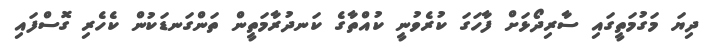
ދިޔަ މަގުމަތީގައި ސާރިދޯޅަށް ފާހަގަ ކުރެވުނީ ކުއްތާގެ ކަނދުރާމަތީން ތަންގަނޑަކުން ކެހެރި ގޮސްފައި